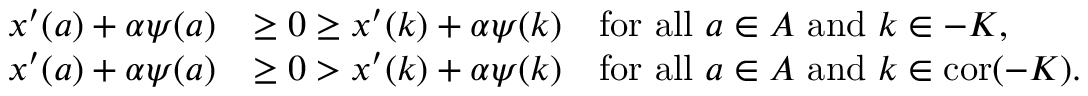
\begin{array} { r l } { x ^ { \prime } ( a ) + \alpha \psi ( a ) } & { \geq 0 \geq x ^ { \prime } ( k ) + \alpha \psi ( k ) \quad \mathrm { f o r ~ a l l ~ } a \in A \mathrm { ~ a n d ~ } k \in - K , } \\ { x ^ { \prime } ( a ) + \alpha \psi ( a ) } & { \geq 0 > x ^ { \prime } ( k ) + \alpha \psi ( k ) \quad \mathrm { f o r ~ a l l ~ } a \in A \mathrm { ~ a n d ~ } k \in \mathrm { c o r } ( - K ) . } \end{array}